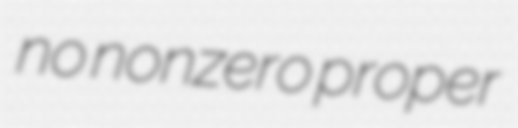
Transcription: no nonzero proper